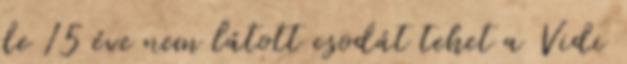
de 15 éve nem látott csodát tehet a Vidi